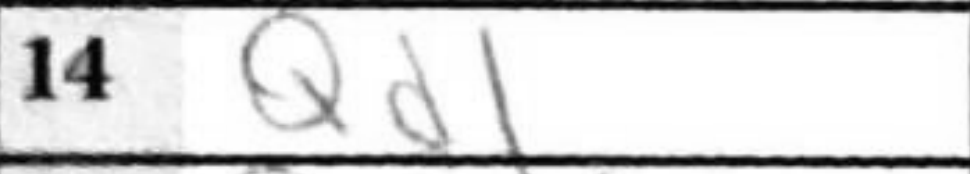
Transcription: Qd1